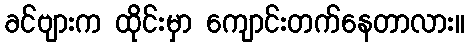
ခင်ဗျားက ထိုင်းမှာ ကျောင်းတက်နေတာလား။